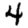
Digit: 4